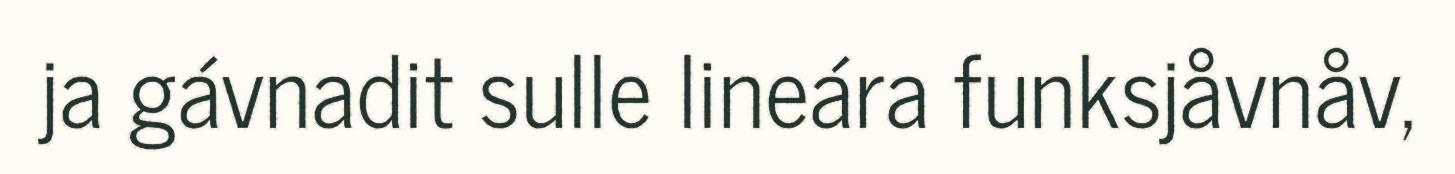
ja gávnadit sulle lineára funksjåvnåv,